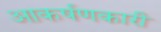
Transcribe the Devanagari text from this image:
आकर्षणकारी